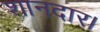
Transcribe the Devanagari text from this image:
शानदार।